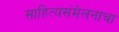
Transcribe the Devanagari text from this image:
साहित्यसंमेलनाचा